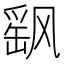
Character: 飖